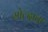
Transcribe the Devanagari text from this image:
मोल्दावा